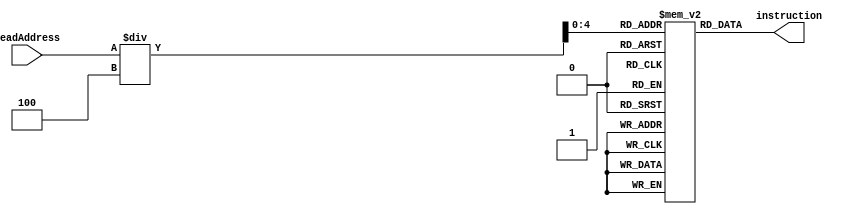
`timescale 1ns / 1ps
module instrMemory(readAddress, instruction);
	input [31:0] readAddress;
	output [31:0] instruction;
	
	reg [31:0] Imemory[0:29];
	
	initial begin
	Imemory[0] = 32'b00100000000010000000000000100000; //addi $t0, $zero, 32
	Imemory[1] = 32'b00100000000010010000000000110111; //addi $t1, $zero, 55
	Imemory[2] = 32'b00000001000010011000000000100100; //and $s0, $t0, $t1
	Imemory[3] = 32'b00000001000010011000000000100101; //or $s0, $t0, $t1
	Imemory[4] = 32'b10101100000100000000000000000100; //sw $s0, 4($zero)
	Imemory[5] = 32'b10101100000010000000000000001000; //sw $t0, 8($zero)
	Imemory[6] = 32'b00000001000010011000100000100000; //add $s1, $t0, $t1
	Imemory[7] = 32'b00000001000010011001000000100010; //sub $s2, $t0, $t1
	Imemory[8] = 32'b00010010001100100000000000001001; //beq $s1, $s2, error0
	Imemory[9] = 32'b10001100000100010000000000000100; //lw $s1, 4($zero)
	Imemory[10]= 32'b00110010001100100000000001001000; //andi $s2, $s1, 48
	Imemory[11] = 32'b00010010001100100000000000001001; //beq $s1, $s2, error1
	Imemory[12] = 32'b10001100000100110000000000001000; //lw $s3, 8($zero)
	Imemory[13] = 32'b00010010000100110000000000001010; //beq $s0, $s3, error2
	Imemory[14] = 32'b00000010010100011010000000101010; //slt $s4, $s2, $s1 (Last)
	Imemory[15] = 32'b00010010100000000000000000001111; //beq $s4, $0, EXIT
	Imemory[16] = 32'b00000010001000001001000000100000; //add $s2, $s1, $0
	Imemory[17] = 32'b00001000000000000000000000001110; //j Last
	Imemory[18] = 32'b00100000000010000000000000000000; //addi $t0, $0, 0(error0)
	Imemory[19] = 32'b00100000000010010000000000000000; //addi $t1, $0, 0
	Imemory[20] = 32'b00001000000000000000000000011111; //j EXIT
	Imemory[21] = 32'b00100000000010000000000000000001; //addi $t0, $0, 1(error1)
	Imemory[22] = 32'b00100000000010010000000000000001; //addi $t1, $0, 1
	Imemory[23] = 32'b00001000000000000000000000011111; //j EXIT
	Imemory[24] = 32'b00100000000010000000000000000010; //addi $t0, $0, 2(error2)
	Imemory[25] = 32'b00100000000010010000000000000010; //addi $t1, $0, 2
	Imemory[26] = 32'b00001000000000000000000000011111; //j EXIT
	Imemory[27] = 32'b00100000000010000000000000000011; //addi $t0, $0, 3(error3)
	Imemory[28] = 32'b00100000000010010000000000000011; //addi $t1, $0, 3
	Imemory[29] = 32'b00001000000000000000000000011111; //j EXIT
	end
	
	assign instruction=Imemory[readAddress/4];

endmodule